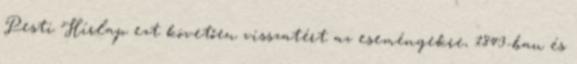
Pesti Hírlap ezt követően visszatért az eseményekre, 1843-ban és